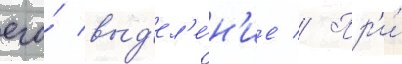
его́ выд'ел'е́н'ие // Пр'и́